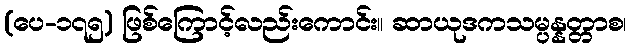
(ပေ-၁၇၅) ဖြစ်ကြောင့်လည်းကောင်း။ ဆာယုဒကသမ္ပန္နတ္တာစ၊